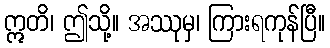
ဣတိ၊ ဤသို့။ အဿုမှ၊ ကြားရကုန်ပြီ။